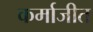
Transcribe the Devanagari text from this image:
कर्माजीत